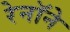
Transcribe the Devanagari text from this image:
रेनॉने